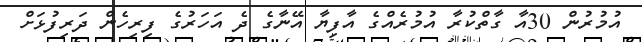
އުމުރުން 30އާ ގާތްކުރާ އުމުރެއްގެ އާފިޔާ އޭނާގެ ދެ އަހަރުގެ ފިރިހެން ދަރިފުޅަށް